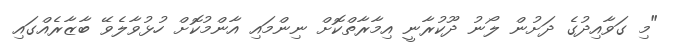
"މި ގަވާއިދުގެ ދަށުން ލޯނު ދޫކުރާނީ އިމާރާތްކޮށް ނިންމައި އާންމުކޮށް ހުޅުވާލެވޭ ބާޒާރެއްގައި